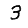
Digit: 3